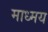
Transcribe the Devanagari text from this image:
माध्मय